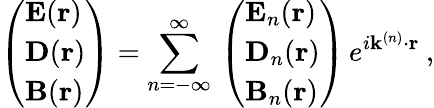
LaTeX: \left(\begin{array}{l}{{\mathbf E}({\mathbf r})}\\ {{\mathbf D}({\mathbf r})}\\ {{\mathbf B}({\mathbf r})}\end{array}\right)=\sum_{n=-\infty}^{\infty}\, \left(\begin{array}{l}{{\mathbf E}_{n}({\mathbf r})}\\ {{\mathbf D}_{n}({\mathbf r})}\\ {{\mathbf B}_{n}({\mathbf r})}\end{array}\right)\, e^{i{\mathbf k}^{(n)}\cdot{\mathbf r}}\: ,